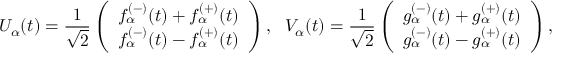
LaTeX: U _ { \alpha } ( t ) = \frac { 1 } { \sqrt { 2 } } \left( \begin{array} { l } { { f _ { \alpha } ^ { ( - ) } ( t ) + f _ { \alpha } ^ { ( + ) } ( t ) } } \\ { { f _ { \alpha } ^ { ( - ) } ( t ) - f _ { \alpha } ^ { ( + ) } ( t ) } } \end{array} \right) , ~ ~ V _ { \alpha } ( t ) = \frac { 1 } { \sqrt { 2 } } \left( \begin{array} { l } { { g _ { \alpha } ^ { ( - ) } ( t ) + g _ { \alpha } ^ { ( + ) } ( t ) } } \\ { { g _ { \alpha } ^ { ( - ) } ( t ) - g _ { \alpha } ^ { ( + ) } ( t ) } } \end{array} \right) ,